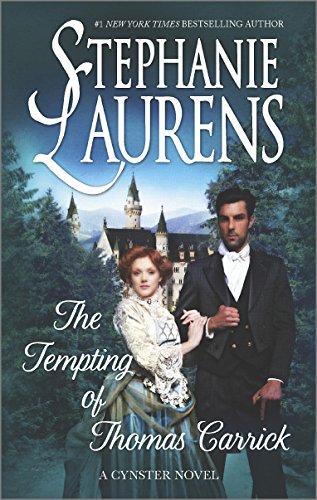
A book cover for The Tempting of Thomas Carrick (Cynster Novels); Stephanie Laurens; Romance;